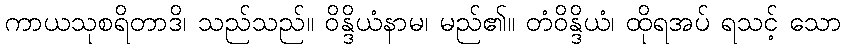
ကာယသုစရိတာဒိ၊ သည်သည်။ ဝိန္ဒိယံနာမ၊ မည်၏။ တံဝိန္ဒိယံ၊ ထိုရအပ် ရသင့် သော